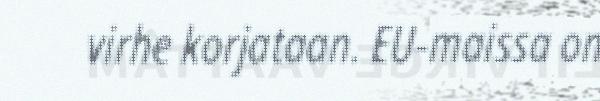
virhe korjataan. EU-maissa on